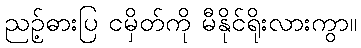
ညဉ့်ဓားပြ ငမှိတ်ကို မီနိုင်ရိုးလားကွာ။